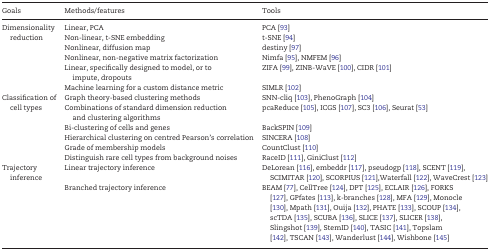
| Goals | Methods/features | Tools |
 | --- | --- | --- |
 | <ROWSPAN=6> Dimensionality reduction | Linear, PCA | PCA [93] |
 | Non-linear, t-SNE embedding | t-SNE [94] |
 | Nonlinear, diffusion map | destiny [97] |
 | Nonlinear, non-negative matrix factorization | Nimfa [95], NMFEM [96] |
 | Linear, specifically designed to model, or to impute, dropouts | ZIFA [99], ZINB-WaVE [100], CIDR [101] |
 | Machine learning for a custom distance metric | SIMLR [102] |
 | <ROWSPAN=6> Classification of cell types | Graph theory-based clustering methods | SNN-cliq [103], PhenoGraph [104] |
 | Combinations of standard dimension reduction and clustering algorithms | pcaReduce [105], ICGS [107], SC3 [106], Seurat [53] |
 | Bi-clustering of cells and genes | BackSPIN [109] |
 | Hierarchical clustering on centred Pearson’s correlation | SINCERA [108] |
 | Grade of membership models | CountClust [110] |
 | Distinguish rare cell types from background noises | RaceID [111], GiniClust [112] |
 | <ROWSPAN=2> Trajectory inference | Linear trajectory inference | DeLorean [116], embeddr [117], pseudogp [118], SCENT [119], SCIMITAR [120], SCORPIUS [121],Waterfall [122], WaveCrest [123] |
 | Branched trajectory inference | BEAM [77], CellTree [124], DPT [125], ECLAIR [126], FORKS [127], GPfates [113], k-branches [128], MFA [129], Monocle [130], Mpath [131], Ouija [132], PHATE [133], SCOUP [134], scTDA [135], SCUBA [136], SLICE [137], SLICER [138], Slingshot [139], StemID [140], TASIC [141], Topslam [142], TSCAN [143], Wanderlust [144], Wishbone [145] |